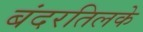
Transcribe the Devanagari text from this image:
बंदरतिलके